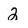
Character: 2